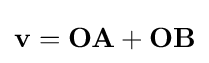
\mathbf {v} =\mathbf {OA} +\mathbf {OB}